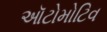
ઑટોમોટિવ